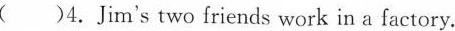
( )4.Jim's two friends work in a factory.